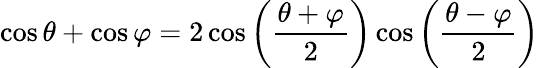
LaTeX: \cos\theta+\cos\varphi=2\cos\left({\frac{\theta+\varphi}{2}}\right)\cos\left({\frac{\theta-\varphi}{2}}\right)